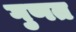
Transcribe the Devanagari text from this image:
गुणत